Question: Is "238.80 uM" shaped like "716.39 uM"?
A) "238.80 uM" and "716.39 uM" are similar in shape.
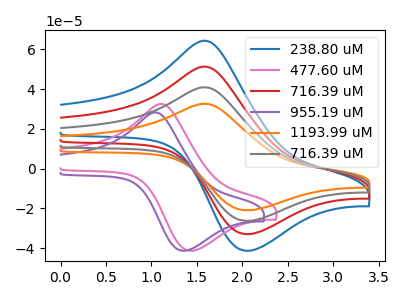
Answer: <think>The blue curve "238.80 uM" has an anodic peak at (1.65V, 64.10uA) and a cathodic peak at (2.05V, -41.40uA). The pink curve "477.60 uM" has an anodic peak at (1.15V, 32.30uA) and a cathodic peak at (1.45V, -41.40uA). The red curve "716.39 uM" has an anodic peak at (1.65V, 51.10uA) and a cathodic peak at (2.05V, -33.00uA). The purple curve "955.19 uM" has an anodic peak at (1.05V, 28.10uA) and a cathodic peak at (1.35V, -41.40uA). The orange curve "1193.99 uM" has an anodic peak at (1.65V, 153.35uA) and a cathodic peak at (2.05V, -99.00uA). The gray curve "716.39 uM" has an anodic peak at (1.65V, 102.20uA) and a cathodic peak at (2.05V, -66.00uA).
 All the peaks in "238.80 uM" have a peak in "716.39 uM" at the same potential. Every peak in "238.80 uM" is higher than every peak in "716.39 uM".</think>
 <answer>A) "238.80 uM" and "716.39 uM" are similar in shape.</answer>
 <eval>A</eval>